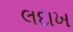
લદાખ